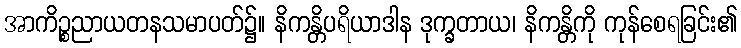
အာကိဉ္စညာယတနသမာပတ်၌။ နိကန္တိပရိယာဒါန ဒုက္ခတာယ၊ နိကန္တိကို ကုန်စေရခြင်း၏